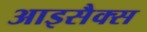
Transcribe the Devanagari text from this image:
आइसैक्स